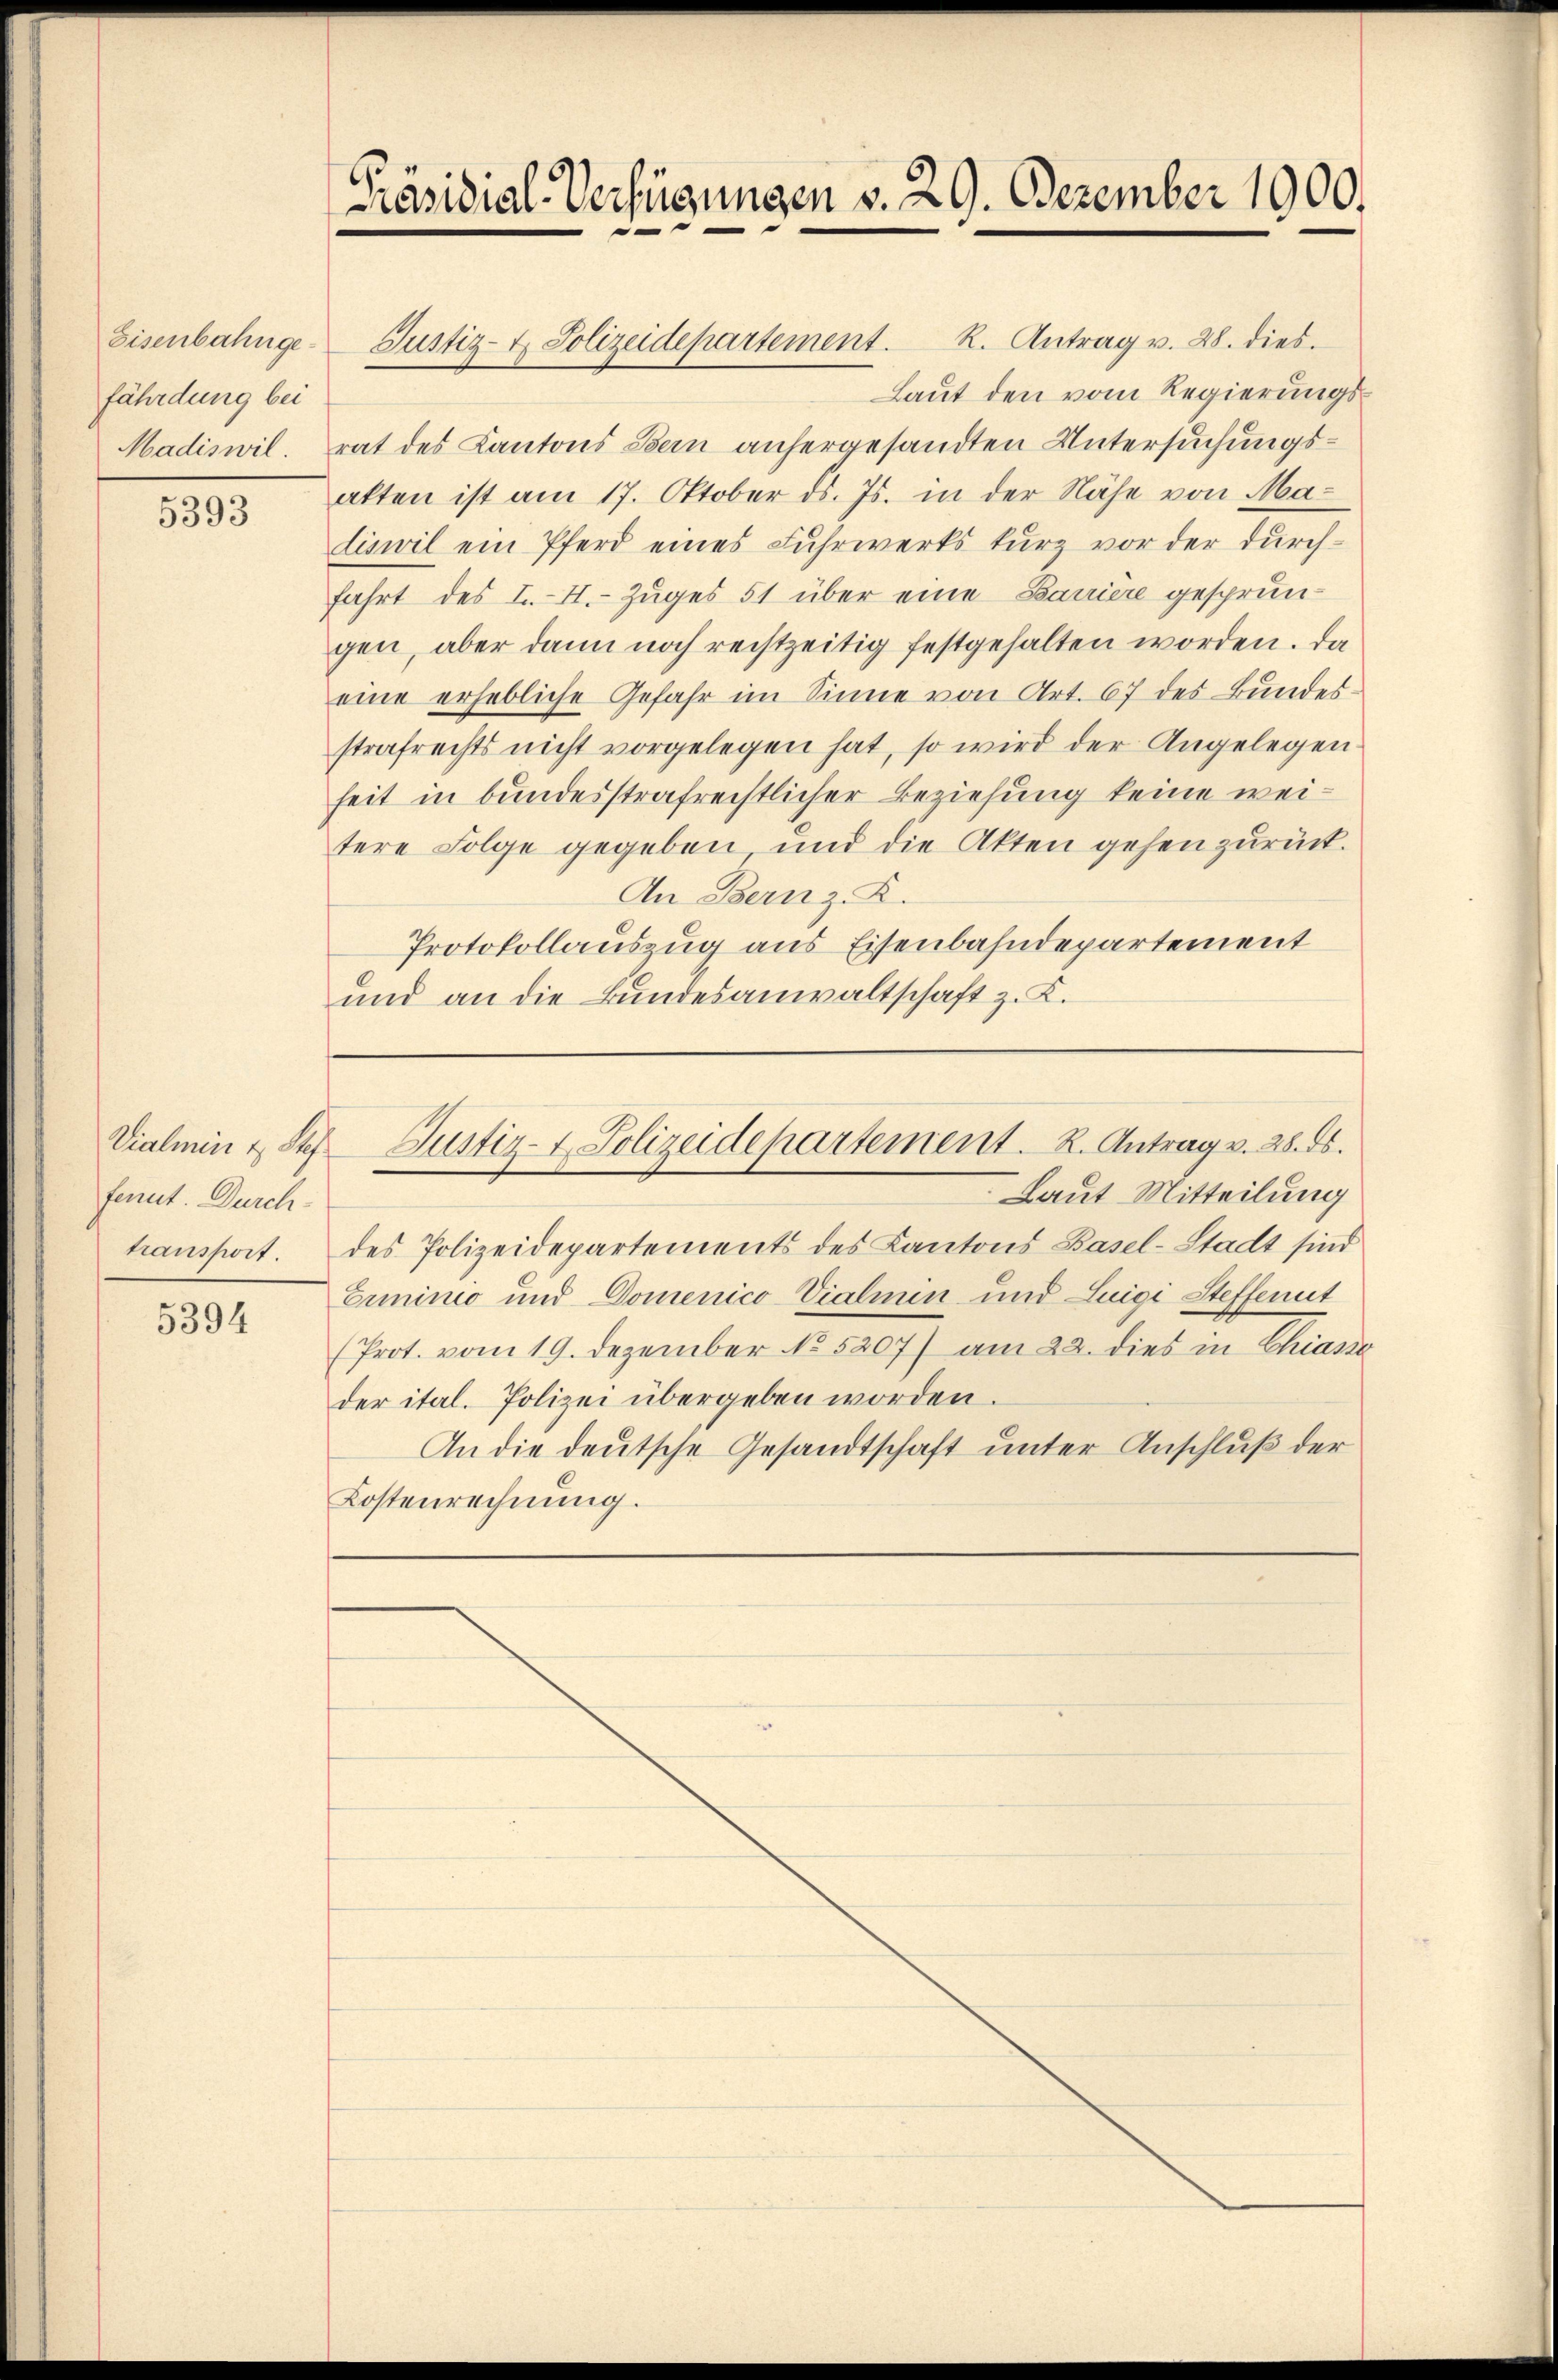
fährdung bei
Madiswil.

5393

fenet. Durchtransport.

5394

Laut den vom Regierungsrat des Kantons Bern anhergesandten Untersuchungsatten ist am 17. Oktober d. Js. in der Nähe von Maliswil ein Pferd eines Fuhrwerks kŭrz vor der dŭrch-
fahrt des I. I. Zuges 51 über eine Baviere gesprungen, aber dann noch rechtzeitig festgehalten worden. Da
eine erhebliche Gefahr im Sinne von Art. 67 des Bundes
strafrechts nicht vorgelegen hat, so wird der Angelegen
heit in bundesstrafrechtlicher Beziehung keine weitere Folge gegeben und die Akten gehen zurück.
An Bernz. R.
Protokollauszug aus Eisenbahndepartement
und an die Bundesanwaltschaft z. K.

[Präsidial-Verfügungen v. 29. Dezember 1900.

Laut Mitteilung
des Polizeidepartements des Kantons Basel-Stadt sind
Ermnino und Domenico Vialmin und Luigi Steffenut
(Prot. vom 19. Dezember No 5207) am 22. dies in Chias
der ital. Polizei übergeben worden.
An die deutsche Gesandtschaft unter Anschluß der
Kostenrechnung.

Eisenbahnge-Justiz- & Polizeidepartement. R. Antrag v. 28. dies

Vialmin & des Justiz- & Polizeidepartement. R. Antrag v. 28. ds.